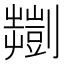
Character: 𫦠